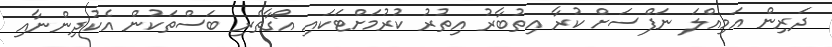
ދަރިން އަމިއްލަ ނަފްސަށް ކުރާ އިތުބާރު އިތުރު ކުރުމަށްޓަކައި އޯގާތެރި ބަސްތަކުން އެކުދިންނާއި